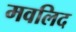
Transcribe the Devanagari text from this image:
मवलिद